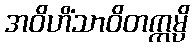
အဝိဟိံသာဝိတက္ကမ္ပိ